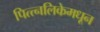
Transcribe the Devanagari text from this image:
पित्त्नलिकेमधून